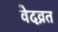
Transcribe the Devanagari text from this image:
वेदव्रत